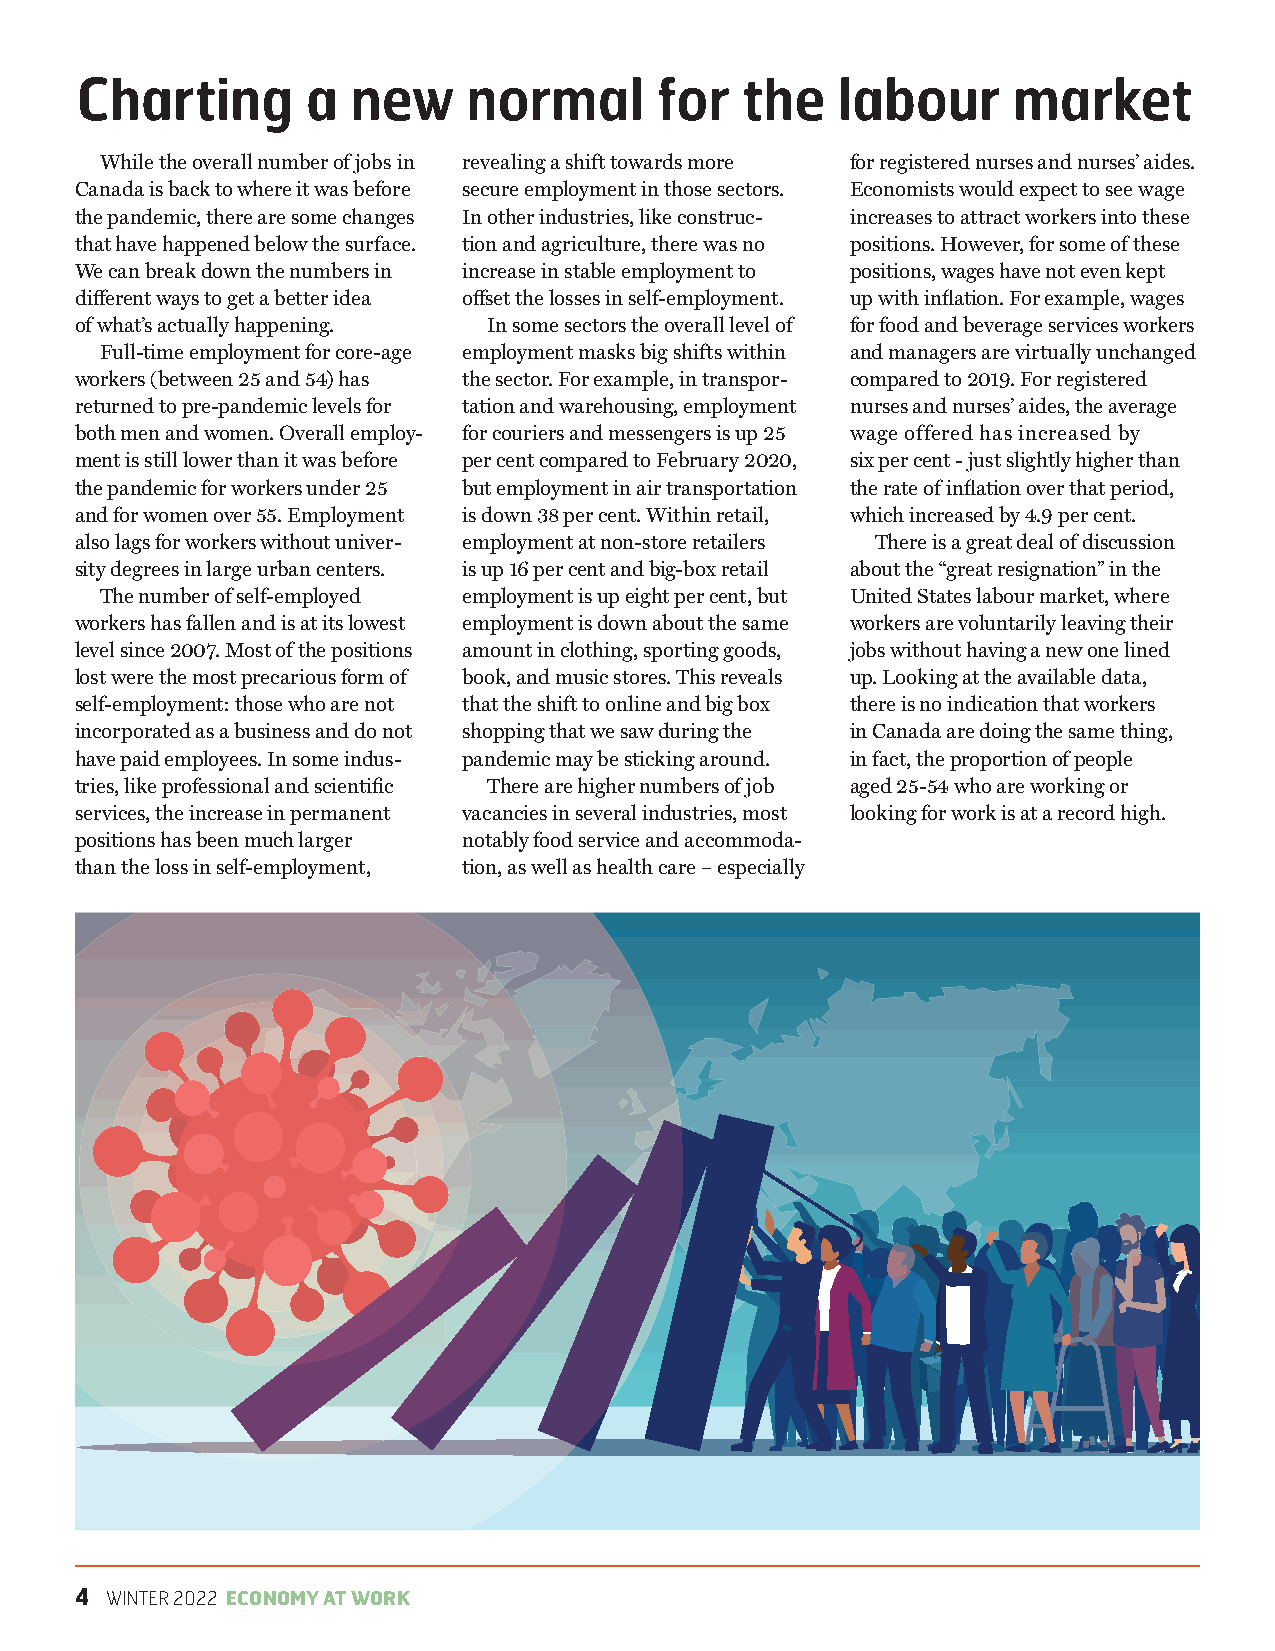
Charting       a  new     normal      for   the   labour      market
 While the overall number of jobs in revealing a shift towards more for registered nurses and nurses’ aides.
 Canada is back to where it was before secure employment in those sectors. Economists would expect to see wage
 the pandemic, there are some changes In other industries, like construc- increases to attract workers into these
 that have happened below the surface. tion and agriculture, there was no positions. However, for some of these
 We can break down the numbers in increase in stable employment to positions, wages have not even kept
 diff erent ways to get a better idea off set the losses in self-employment. up with infl ation. For example, wages
 of what’s actually happening. In some sectors the overall level of for food and beverage services workers
 Full-time employment for core-age employment masks big shifts within and managers are virtually unchanged
 workers (between 25 and 54) has the sector. For example, in transpor- compared to 2019. For registered
 returned to pre-pandemic levels for tation and warehousing, employment nurses and nurses’ aides, the average
 both men and women. Overall employ- for couriers and messengers is up 25 wage offered has increased by
 ment is still lower than it was before per cent compared to February 2020, six per cent - just slightly higher than
 the pandemic for workers under 25 but employment in air transportation the rate of infl ation over that period,
 and for women over 55. Employment is down 38 per cent. Within retail, which increased by 4.9 per cent.
 also lags for workers without univer- employment at non-store retailers There is a great deal of discussion
 sity degrees in large urban centers. is up 16 per cent and big-box retail about the “great resignation” in the
 The number of self-employed employment is up eight per cent, but United States labour market, where
 workers has fallen and is at its lowest employment is down about the same workers are voluntarily leaving their
 level since 2007. Most of the positions amount in clothing, sporting goods, jobs without having a new one lined
 lost were the most precarious form of book, and music stores. This reveals up. Looking at the available data,
 self-employment: those who are not that the shift to online and big box there is no indication that workers
 incorporated as a business and do not shopping that we saw during the in Canada are doing the same thing,
 have paid employees. In some indus- pandemic may be sticking around. in fact, the proportion of people
 tries, like professional and scientifi c There are higher numbers of job aged 25-54 who are working or
 services, the increase in permanent vacancies in several industries, most looking for work is at a record high.
 positions has been much larger notably food service and accommoda-
 than the loss in self-employment, tion, as well as health care – especially
 4 WINTER 2022 ECONOMY AT WORK